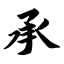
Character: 承